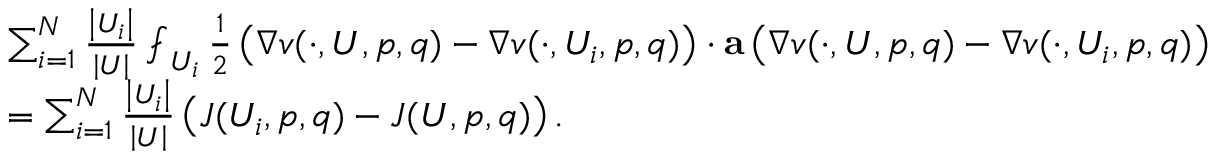
\begin{array} { r l } & { \sum _ { i = 1 } ^ { N } \frac { \left| U _ { i } \right| } { \left| U \right| } \fint _ { U _ { i } } \frac { 1 } { 2 } \left( \nabla v ( \cdot , U , p , q ) - \nabla v ( \cdot , U _ { i } , p , q ) \right) \cdot \mathbf { a } \left( \nabla v ( \cdot , U , p , q ) - \nabla v ( \cdot , U _ { i } , p , q ) \right) } \\ & { = \sum _ { i = 1 } ^ { N } \frac { \left| U _ { i } \right| } { \left| U \right| } \left( J ( U _ { i } , p , q ) - J ( U , p , q ) \right) . } \end{array}